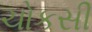
ચોકસી